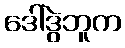
ဒေါ်ဒွဲဘူက